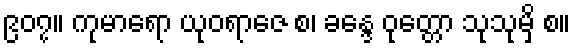
၉၀၇။ ကုမာရော ယုဝရာဇေ စ၊ ခန္ဒေ ဝုတ္တော သုသုမှိ စ။